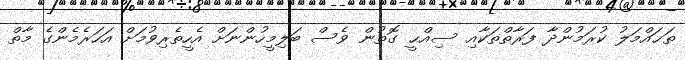
ތަޙައްމަލު ކުރަމުންދާ ފަރާތްތަކާއި ސިއްޙީ ގޮތުން ވެސް ބަލިމީހުންނަށް އެހީތެރިވުމަށް އަހަރެމެންގެ މާތް